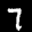
Label: 7